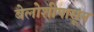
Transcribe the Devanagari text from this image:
बेलोशीपासून